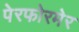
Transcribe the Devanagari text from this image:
पेरफोरमेर